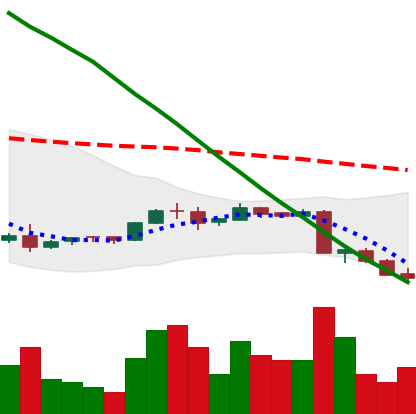
Ticker: ADA-USD
Chart end date: 2018-09-09
Forward return: -10.953%
Label: down_7plus